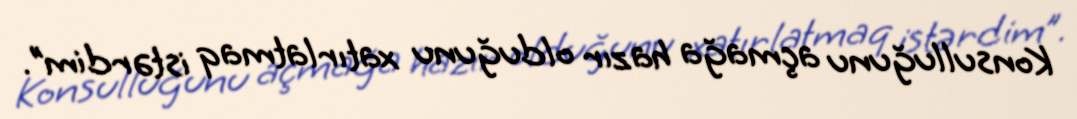
Konsulluğunu açmağa hazır olduğunu xatırlatmaq istərdim”.